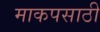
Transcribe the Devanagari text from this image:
माकपसाठी